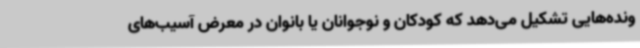
ونده‌هایی تشکیل می‌دهد که کودکان و نوجوانان یا بانوان در معرض آسیب‌های